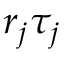
r _ { j } \tau _ { j }